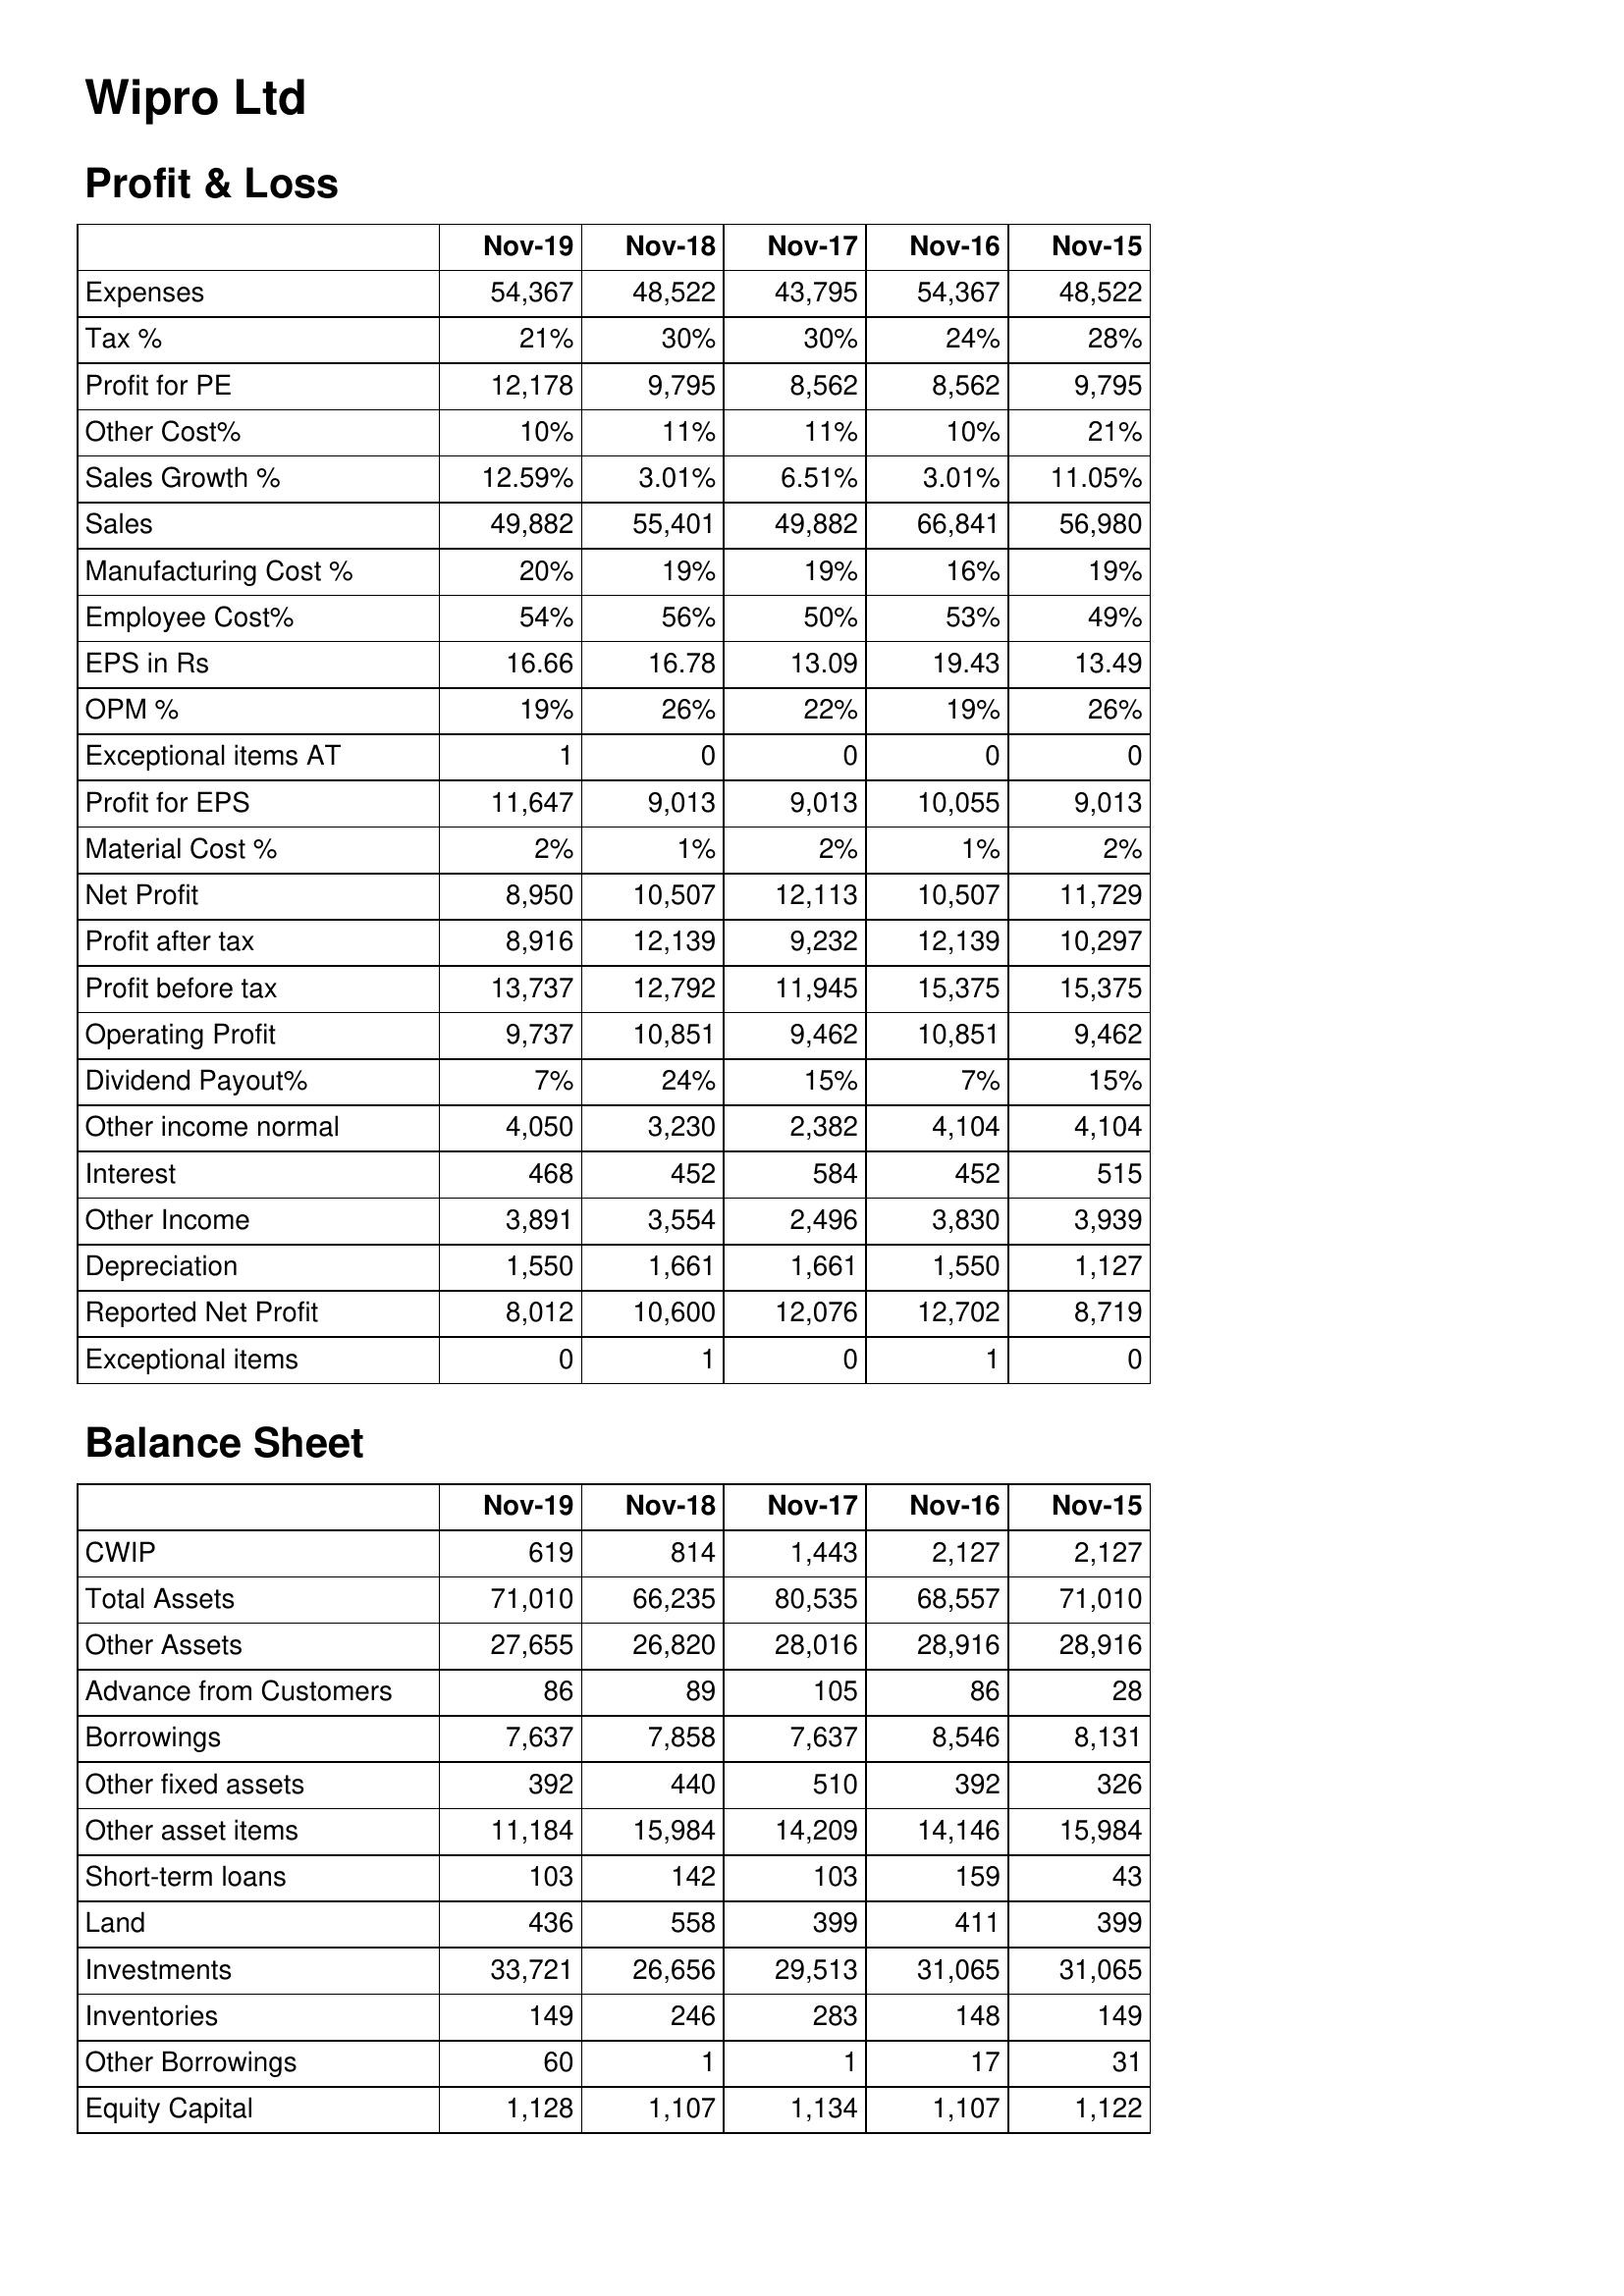
Nov-19: Profit & Loss: Expenses: 54,367
Tax %: 21%
Profit for PE: 12,178
Other Cost%: 10%
Sales Growth %: 12.59%
Sales: 49,882
Manufacturing Cost %: 20%
Employee Cost%: 54%
EPS in Rs: 16.66
OPM %: 19%
Exceptional items AT: 1
Profit for EPS: 11,647
Material Cost %: 2%
Net Profit: 8,950
Profit after tax: 8,916
Profit before tax: 13,737
Operating Profit: 9,737
Dividend Payout%: 7%
Other income normal: 4,050
Interest: 468
Other Income: 3,891
Depreciation: 1,550
Reported Net Profit: 8,012
Exceptional items: 0
Balance Sheet: CWIP: 619
Total Assets: 71,010
Other Assets: 27,655
Advance from Customers: 86
Borrowings: 7,637
Other fixed assets: 392
Other asset items: 11,184
Short-term loans: 103
Land: 436
Investments: 33,721
Inventories: 149
Other Borrowings: 60
Equity Capital: 1,128
Nov-18: Profit & Loss: Expenses: 48,522
Tax %: 30%
Profit for PE: 9,795
Other Cost%: 11%
Sales Growth %: 3.01%
Sales: 55,401
Manufacturing Cost %: 19%
Employee Cost%: 56%
EPS in Rs: 16.78
OPM %: 26%
Exceptional items AT: 0
Profit for EPS: 9,013
Material Cost %: 1%
Net Profit: 10,507
Profit after tax: 12,139
Profit before tax: 12,792
Operating Profit: 10,851
Dividend Payout%: 24%
Other income normal: 3,230
Interest: 452
Other Income: 3,554
Depreciation: 1,661
Reported Net Profit: 10,600
Exceptional items: 1
Balance Sheet: CWIP: 814
Total Assets: 66,235
Other Assets: 26,820
Advance from Customers: 89
Borrowings: 7,858
Other fixed assets: 440
Other asset items: 15,984
Short-term loans: 142
Land: 558
Investments: 26,656
Inventories: 246
Other Borrowings: 1
Equity Capital: 1,107
Nov-17: Profit & Loss: Expenses: 43,795
Tax %: 30%
Profit for PE: 8,562
Other Cost%: 11%
Sales Growth %: 6.51%
Sales: 49,882
Manufacturing Cost %: 19%
Employee Cost%: 50%
EPS in Rs: 13.09
OPM %: 22%
Exceptional items AT: 0
Profit for EPS: 9,013
Material Cost %: 2%
Net Profit: 12,113
Profit after tax: 9,232
Profit before tax: 11,945
Operating Profit: 9,462
Dividend Payout%: 15%
Other income normal: 2,382
Interest: 584
Other Income: 2,496
Depreciation: 1,661
Reported Net Profit: 12,076
Exceptional items: 0
Balance Sheet: CWIP: 1,443
Total Assets: 80,535
Other Assets: 28,016
Advance from Customers: 105
Borrowings: 7,637
Other fixed assets: 510
Other asset items: 14,209
Short-term loans: 103
Land: 399
Investments: 29,513
Inventories: 283
Other Borrowings: 1
Equity Capital: 1,134
Nov-16: Profit & Loss: Expenses: 54,367
Tax %: 24%
Profit for PE: 8,562
Other Cost%: 10%
Sales Growth %: 3.01%
Sales: 66,841
Manufacturing Cost %: 16%
Employee Cost%: 53%
EPS in Rs: 19.43
OPM %: 19%
Exceptional items AT: 0
Profit for EPS: 10,055
Material Cost %: 1%
Net Profit: 10,507
Profit after tax: 12,139
Profit before tax: 15,375
Operating Profit: 10,851
Dividend Payout%: 7%
Other income normal: 4,104
Interest: 452
Other Income: 3,830
Depreciation: 1,550
Reported Net Profit: 12,702
Exceptional items: 1
Balance Sheet: CWIP: 2,127
Total Assets: 68,557
Other Assets: 28,916
Advance from Customers: 86
Borrowings: 8,546
Other fixed assets: 392
Other asset items: 14,146
Short-term loans: 159
Land: 411
Investments: 31,065
Inventories: 148
Other Borrowings: 17
Equity Capital: 1,107
Nov-15: Profit & Loss: Expenses: 48,522
Tax %: 28%
Profit for PE: 9,795
Other Cost%: 21%
Sales Growth %: 11.05%
Sales: 56,980
Manufacturing Cost %: 19%
Employee Cost%: 49%
EPS in Rs: 13.49
OPM %: 26%
Exceptional items AT: 0
Profit for EPS: 9,013
Material Cost %: 2%
Net Profit: 11,729
Profit after tax: 10,297
Profit before tax: 15,375
Operating Profit: 9,462
Dividend Payout%: 15%
Other income normal: 4,104
Interest: 515
Other Income: 3,939
Depreciation: 1,127
Reported Net Profit: 8,719
Exceptional items: 0
Balance Sheet: CWIP: 2,127
Total Assets: 71,010
Other Assets: 28,916
Advance from Customers: 28
Borrowings: 8,131
Other fixed assets: 326
Other asset items: 15,984
Short-term loans: 43
Land: 399
Investments: 31,065
Inventories: 149
Other Borrowings: 31
Equity Capital: 1,122